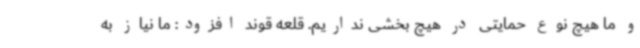
و ما هیچ نوع حمایتی در هیچ بخشی نداریم. قلعه قوند افزود: ما نیاز به